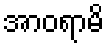
အာဝရာမိ